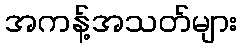
အကန့်အသတ်များ